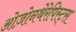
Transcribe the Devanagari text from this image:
ओज़ोनथेरेपिस्ट्स